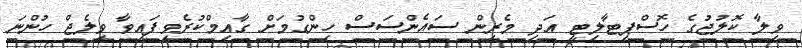
ވިލާ ކޮލުޖުގެ ހޮސްޕިޓާލިޓީ އަދި މެރިން ސައެންސަސް ހިންގުމަށް ގާއިމްކުރެވިފައިވާ ވިލެޖް ހުންނަ